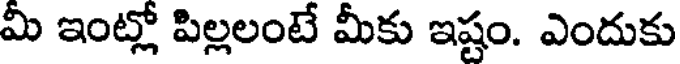
మీ ఇంట్లో పిల్లలంటే మీకు ఇష్టం. ఎందుకు